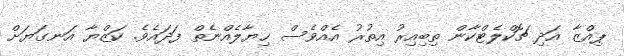
ޕިއްޒާ އަދި ޗޮކްލެޓްކާން ތިބިއިރު އިތުރު އެއްވެސް ޚިޔާލެއްނެތް ފަދައެވެ. ކަޒްޔާ އަނގަޔަށް